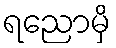
ရညောမှိ